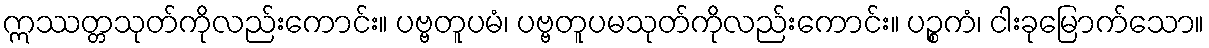
ဣဿတ္တသုတ်ကိုလည်းကောင်း။ ပဗ္ဗတူပမံ၊ ပဗ္ဗတူပမသုတ်ကိုလည်းကောင်း။ ပဉ္စကံ၊ ငါးခုမြောက်သော။